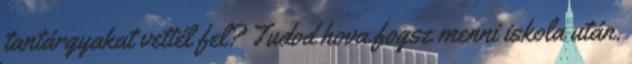
tantárgyakat vettél fel? Tudod hova fogsz menni iskola után.